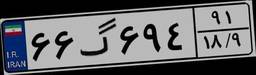
۶۶گ۶۹۴۹۱